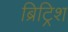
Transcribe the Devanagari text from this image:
ब्रिट्रिश